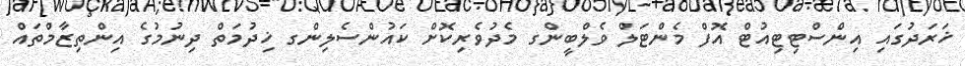
ޚަރަދުގައި އިންސްޓިޓިއުޓް އޮފް މެންޓަލް ވެލްބީންގ މެދުވެރިކޮށް ކައުންސެލިންގ ޚިދުމަތް ދިނުމުގެ އިންތިޒާމްތައް